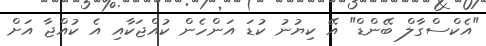
"އެކްސްގާލް ބޭންޑް" އޭ ކިޔުނު ކުޑަ އަންހެން ކުއްޖަކާއި އެ ކުއްޖާ އަށް